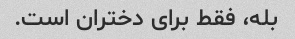
بله، فقط برای دختران است.